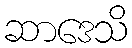
ဆာဒေသိ